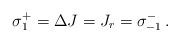
LaTeX: \begin{align*}\sigma_{1}^+ = \Delta J = J_r = \sigma_{-1}^- \,.\end{align*}